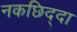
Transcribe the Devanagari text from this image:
नकछिद्दा